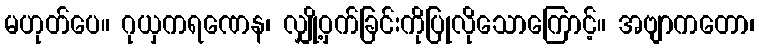
မဟုတ်ပေ။ ဂုယှကရဏေန၊ လျှို့ဝှက်ခြင်းကိုပြုလိုသောကြောင့်။ အဗျာကတော၊